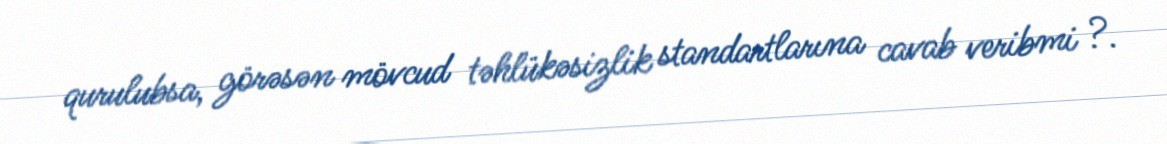
qurulubsa, görəsən mövcud təhlükəsizlik standartlarına cavab veribmi ?.